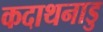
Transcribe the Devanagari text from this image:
कदाथनाडु